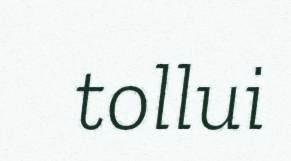
tollui